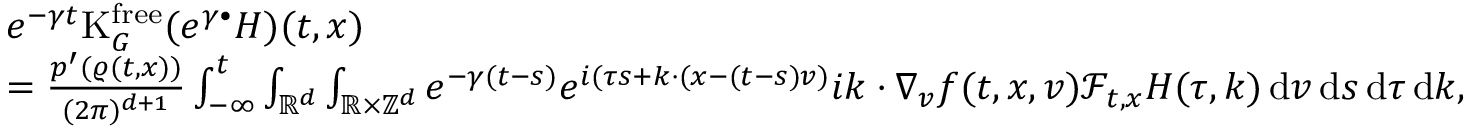
\begin{array} { r l } & { e ^ { - \gamma t } \mathrm { K } _ { G } ^ { \mathrm { f r e e } } ( e ^ { \gamma \bullet } H ) ( t , x ) } \\ & { = \frac { p ^ { \prime } ( \varrho ( t , x ) ) } { ( 2 \pi ) ^ { d + 1 } } \int _ { - \infty } ^ { t } \int _ { \mathbb R ^ { d } } \int _ { \mathbb R \times \mathbb Z ^ { d } } e ^ { - \gamma ( t - s ) } e ^ { i ( \tau s + k \cdot ( x - ( t - s ) v ) } i k \cdot \nabla _ { v } f ( t , x , v ) \mathcal { F } _ { t , x } H ( \tau , k ) \, \mathrm { d } v \, \mathrm { d } s \, \mathrm { d } \tau \, \mathrm { d } k , } \end{array}